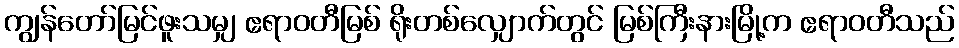
ကျွန်တော်မြင်ဖူးသမျှ ဧရာဝတီမြစ် ရိုးတစ်လျှောက်တွင် မြစ်ကြီးနားမြို့က ဧရာဝတီသည်